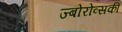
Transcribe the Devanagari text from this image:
ज्बोरोव्सकी